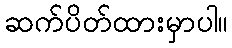
ဆက်ပိတ်ထားမှာပါ။